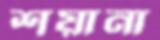
শয়ানা